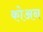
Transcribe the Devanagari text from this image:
कोअन